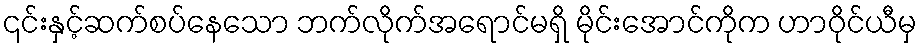
၎င်းနှင့်ဆက်စပ်နေသော ဘက်လိုက်အရောင်မရှိ မိုင်းအောင်ကိုက ဟာဝိုင်ယီမှ